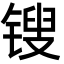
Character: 锼